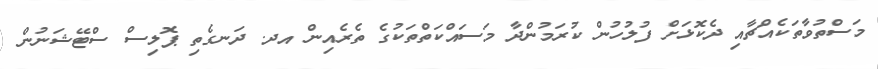
މަސްތުވާތަކެއްޗާއި ދެކޮޅަށް ފުލުހުން ކުރަމުންދާ މަސައްކަތްތަކުގެ ތެރެއިން އދ. ދަނގެތި ޕޮލިސް ސްޓޭޝަނުން